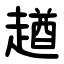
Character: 趥